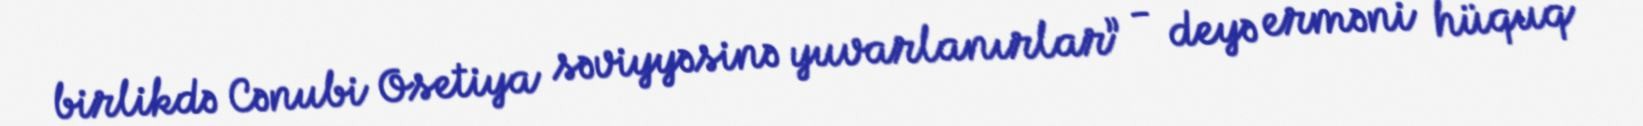
birlikdə Cənubi Osetiya səviyyəsinə yuvarlanırlar” - deyə erməni hüquq